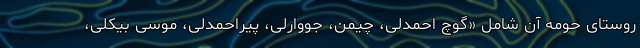
روستای حومه آن شامل «گوچ احمدلی، چیمن، جووارلی، پیراحمدلی، موسی بیکلی،